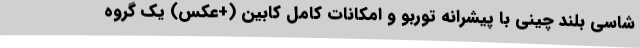
شاسی بلند چینی با پیشرانه توربو و امکانات کامل کابین (+عکس) یک گروه